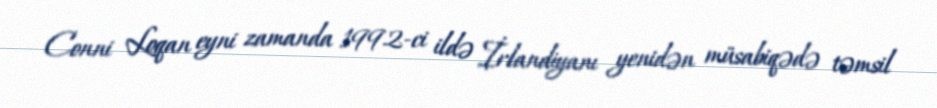
Conni Loqan eyni zamanda 1992-ci ildə İrlandiyanı yenidən müsabiqədə təmsil